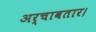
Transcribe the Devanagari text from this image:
अर्चावतार।